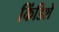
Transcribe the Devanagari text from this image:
किंडिशे